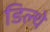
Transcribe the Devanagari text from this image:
डिल्थे